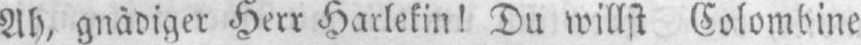
Ah, gnädiger Herr Harlekin! Du willst Colombine